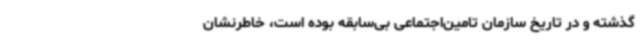
گذشته و در تاریخ سازمان تامین‌اجتماعی بی‌سابقه بوده است، خاطرنشان